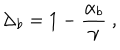
LaTeX: \Delta _ { b } = 1 - \frac { \alpha _ { b } } { \gamma } \ ,